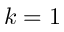
k = 1